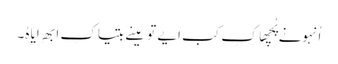
اُنہونے پُچھا کِ کب اَیے تو مینے بتیا کِ اَبھِ اَیا ہُ۔